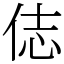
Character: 俧